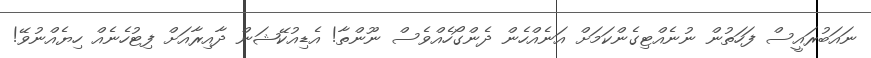
ނައަބުރައީސް ފަހަތުން ނުނެއްޓިގެންކަމަށް އަނެއްހެން ދެންގޯހެއްވެސް ނޫންތާ! އެޑިއުކޭޝަން ދާއިރާއަށް ފިޓުހެނެއް ހިޔެއްނުވޭ!